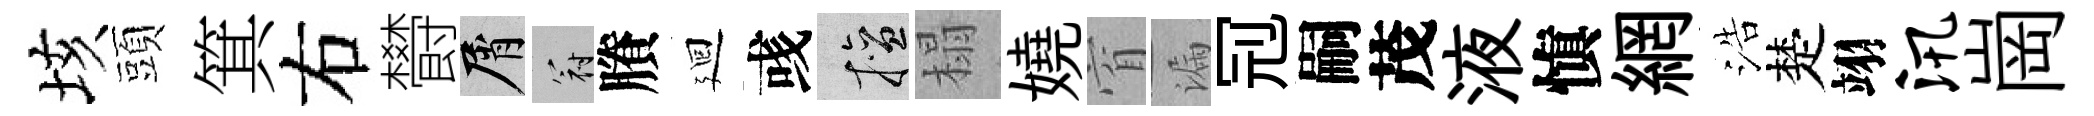
垓頭箕右欎屑冠賸廻彧擅榻嬈窅漏𠜍嗣茂液愼網浩楚翊汛崗